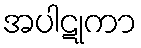
အပါဋုကာ